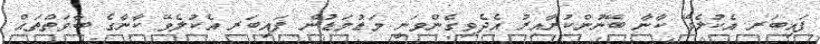
ފައިބަރ އެކުލެވޭ ކާނާ ބޭނުންކުރާއިރު އެދެވިގެންވަނީ މަޑުމަޑުން ފައިބަރ އެކުލެވޭ ކާނާގެ ބާވަތްތައް